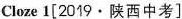
Cloze 1[2019·陕西中考]